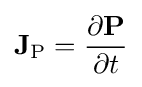
\mathbf {J} _{\mathrm {P} }={\frac {\partial \mathbf {P} }{\partial t}}